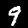
Digit: 9